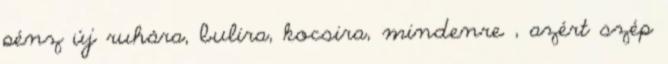
pénz új ruhára, bulira, kocsira, mindenre , azért szép